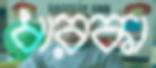
ধারকা